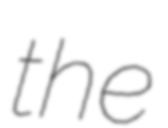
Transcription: the